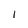
Character: l